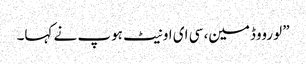
” لورووڈمین، سی ای او نیٹ ہوپ نے کہا۔